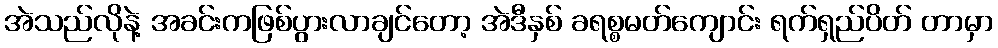
အဲသည်လိုနဲ့ အခင်းကဖြစ်ပွားလာချင်တော့ အဲဒီနှစ် ခရစ္စမတ်ကျောင်း ရက်ရှည်ပိတ် တာမှာ